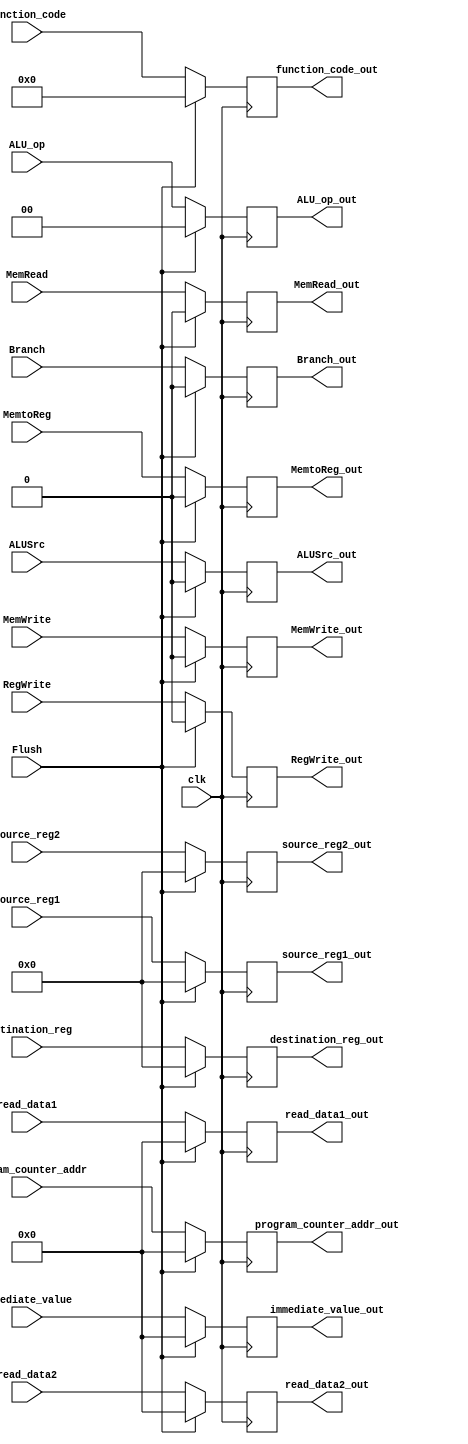
module ID_EX(
input        clk,                            // Clock signal
input        Flush,                          // Flush control signal
input [63:0] program_counter_addr,    // Program counter address input
input [63:0] read_data1,               // Data 1 input
input [63:0] read_data2,               // Data 2 input
input [63:0] immediate_value,          // Immediate value input
input [3:0]  function_code,             // Function code input
input [4:0]  destination_reg,           // Destination register input
input [4:0]  source_reg1,                // Source register 1 input
input [4:0]  source_reg2,               // Source register 2 input
input        MemtoReg,                        // Memory-to-register control signal
input        RegWrite,                        // Register write control signal
input        Branch,                           // Branch control signal
input        MemWrite,                         // Memory write control signal
input        MemRead,                          // Memory read control signal
input        ALUSrc,                           // ALU source control signal
input [1:0]  ALU_op,                     // ALU operation control signal

output reg [63:0] program_counter_addr_out,    // Output: Stored program counter address
output reg [63:0] read_data1_out,               // Output: Stored Data 1
output reg [63:0] read_data2_out,               // Output: Stored Data 2
output reg [63:0] immediate_value_out,          // Output: Stored Immediate value
output reg [3:0] function_code_out,             // Output: Stored Function code
output reg [4:0] destination_reg_out,           // Output: Stored Destination register
output reg [4:0] source_reg1_out,                     // Output: Stored Source register 1
output reg [4:0] source_reg2_out,                     // Output: Stored Source register 2
output reg       MemtoReg_out,                        // Output: Stored Memory-to-register control
output reg       RegWrite_out,                            // Output: Stored Register write control
output reg Branch_out,                               // Output: Stored Branch control
output reg MemWrite_out,                            // Output: Stored Memory write control
output reg MemRead_out,                         // Output: Stored Memory read control
output reg ALUSrc_out,                               // Output: Stored ALU source control
output reg [1:0] ALU_op_out                     // Output: Stored ALU operation control

);

always @(posedge clk) begin
if (Flush) 
begin
// Reset all output registers to 0
program_counter_addr_out = 0;
read_data1_out = 0;
read_data2_out = 0;
immediate_value_out = 0;
function_code_out = 0;
destination_reg_out = 0;

source_reg1_out = 0;
source_reg2_out = 0;
MemtoReg_out = 0;

RegWrite_out = 0;
Branch_out = 0;
MemWrite_out = 0;

MemRead_out = 0;
ALUSrc_out = 0;
ALU_op_out = 0;
    end 
    
    else 
    begin
        // Pass input values to output registers
    program_counter_addr_out = program_counter_addr;
    read_data1_out = read_data1;
    read_data2_out = read_data2;
    
    immediate_value_out = immediate_value;
    function_code_out = function_code;
    destination_reg_out = destination_reg;
    
    source_reg1_out = source_reg1;
    source_reg2_out = source_reg2;
    RegWrite_out = RegWrite;
    MemtoReg_out = MemtoReg;
    Branch_out = Branch;
    MemWrite_out = MemWrite;
    
    MemRead_out = MemRead;
    ALUSrc_out = ALUSrc;
    ALU_op_out = ALU_op;
    end
end

endmodule